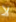
لا